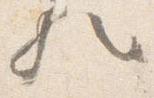
歟